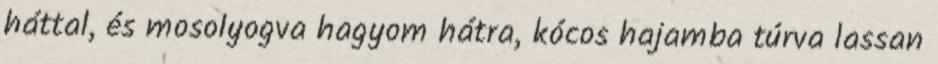
háttal, és mosolyogva hagyom hátra, kócos hajamba túrva lassan